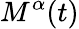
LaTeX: M^{\alpha}(t)